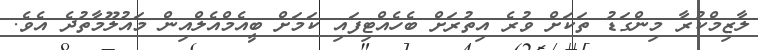
ލާޒިމްކުރާ މިންގަޑު ތަކަށް ވުރެ އިތުރަށް ބެހެއްޓިފައި ކަމަށް ބީއެމްއެލްއިން މައުލޫމާތުދެ އެވެ.